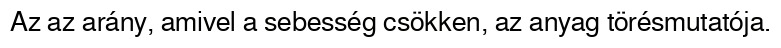
Az az arány, amivel a sebesség csökken, az anyag törésmutatója.